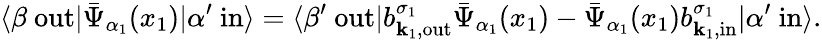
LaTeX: \langle\beta\ \mathrm{out}|{\bar{\Psi}}_{\alpha_{1}}(x_{1})|\alpha^{\prime}\ \mathrm{in}\rangle=\langle\beta^{\prime}\ \mathrm{out}|b_{{\textbf{k}}_{1},\mathrm{out}}^{\sigma_{1}}{\bar{\Psi}}_{\alpha_{1}}(x_{1})-{\bar{\Psi}}_{\alpha_{1}}(x_{1})b_{{\textbf{k}}_{1},\mathrm{in}}^{\sigma_{1}}|\alpha^{\prime}\ \mathrm{in}\rangle.